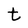
Character: t